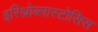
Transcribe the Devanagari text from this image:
इरिथ्रोब्लास्टोसिस